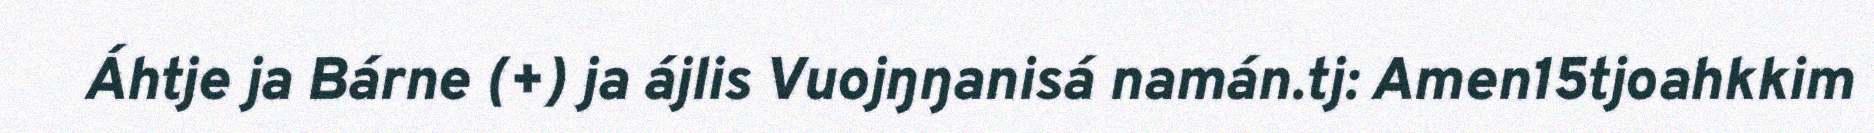
Áhtje ja Bárne (+) ja ájlis Vuojŋŋanisá namán.tj: Amen15tjoahkkim